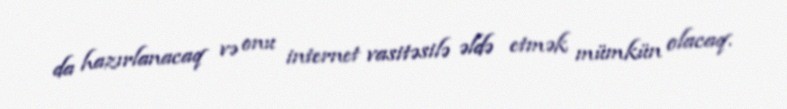
da hazırlanacaq və onu internet vasitəsilə əldə etmək mümkün olacaq.